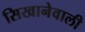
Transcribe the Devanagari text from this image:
सिखानेवाली